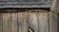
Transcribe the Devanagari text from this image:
परानाव्या